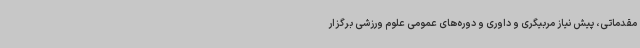
مقدماتی، پیش نیاز مربیگری و داوری و دوره‌های عمومی علوم ورزشی برگزار